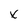
Character: x